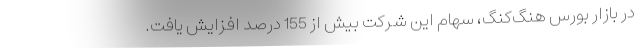
در بازار بورس هنگ‌کنگ، سهام این شرکت بیش از 155 درصد افزایش یافت.